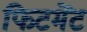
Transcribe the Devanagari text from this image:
फिटमेंट